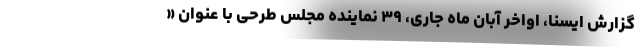
گزارش ایسنا، اواخر آبان ماه جاری، ۳۹ نماینده مجلس طرحی با عنوان «